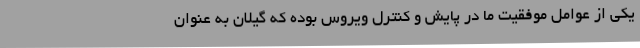
یکی از عوامل موفقیت ما در پایش و کنترل ویروس بوده که گیلان به عنوان